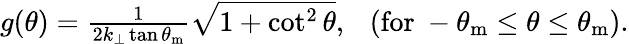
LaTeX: \begin{array}{r}{g(\theta)=\frac{1}{2k_{\perp}\tan\theta_{\mathrm{m}}}\sqrt{1+\cot^{2}\theta},~~~(\mathrm{for}~-\theta_{\mathrm{m}}\leq\theta\leq\theta_{\mathrm{m}}).}\end{array}